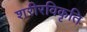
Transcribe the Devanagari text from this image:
शरीरविकृति